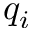
q _ { i }